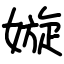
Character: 嫙